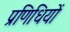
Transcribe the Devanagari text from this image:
प्रणिधियों